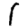
Digit: 1